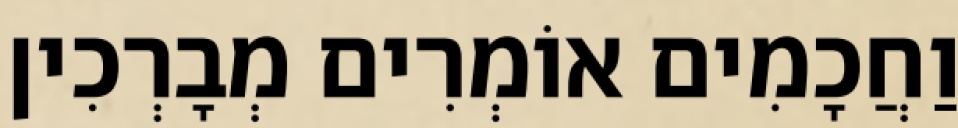
וַחֲכָמִים אוֹמְרִים מְבָרְכִין